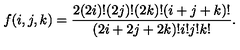
f ( i , j , k ) = \frac { 2 ( 2 i ) ! ( 2 j ) ! ( 2 k ) ! ( i + j + k ) ! } { ( 2 i + 2 j + 2 k ) ! i ! j ! k ! } .